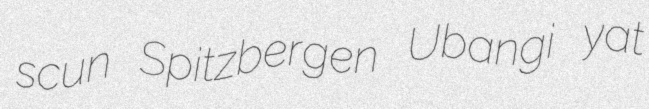
scun Spitzbergen Ubangi yat